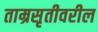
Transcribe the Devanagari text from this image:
ताम्रसृतीवरील